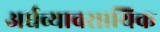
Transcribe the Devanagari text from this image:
अर्धव्यावसायिक